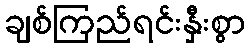
ချစ်ကြည်ရင်းနှီးစွာ